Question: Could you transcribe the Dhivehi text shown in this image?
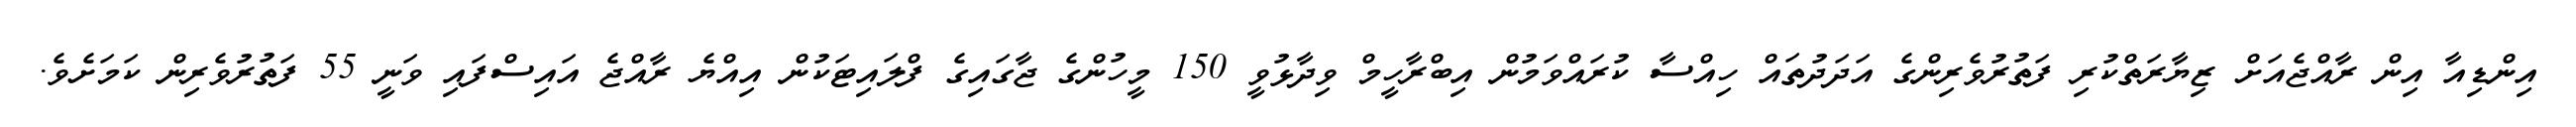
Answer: އިންޑިއާ އިން ރާއްޖެއަށް ޒިޔާރަތްކުރި ފަތުރުވެރިންގެ އަދަދުތައް ހިއްސާ ކުރައްވަމުން އިބްރާހީމް ވިދާޅުވީ 150 މީހުންގެ ޖާގައިގެ ފްލައިޓަކުން އިއްޔެ ރާއްޖެ އައިސްފައި ވަނީ 55 ފަތުރުވެރިން ކަމަށެވެ.